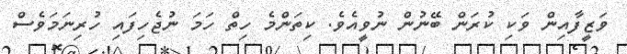
ވަޒީފާއިން ވަކި ކުރަން ބޭނުން ނުވީއެވެ. ކިތަންމެ ހިތް ހަމަ ނުޖެހިފައި ހުރިނަމަވެސް